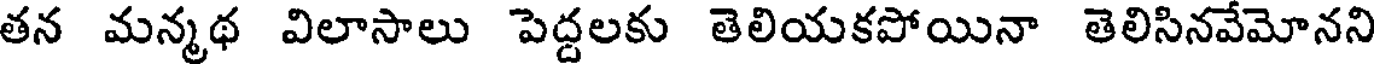
తన మన్మథ విలాసాలు పెద్దలకు తెలియకపోయినా తెలిసినవేమోనని